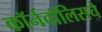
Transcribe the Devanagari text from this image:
कॉर्नवॉलिसचे